Indian journal of veterinary science and animal husbandry - Volume 8,
Year: 1938
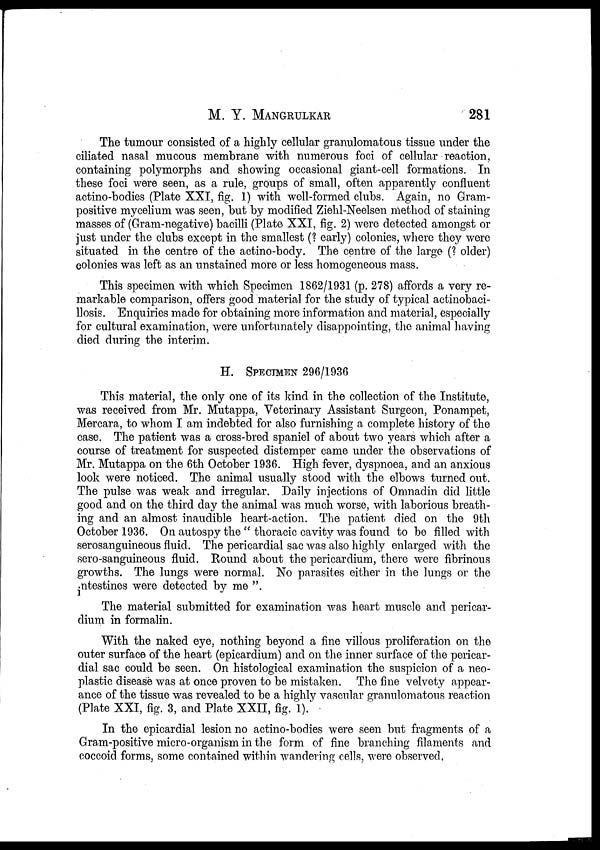
M. Y.
MANGRULKAR
281
The tumour consisted of a highly cellular granulomatous tissue under the
ciliated nasal mucous membrane with numerous foci of cellular reaction,
containing polymorphs and showing occasional giant-cell formations. In
these foci were seen, as a rule, groups of small, often apparently confluent
actino-bodies (Plate XXI, fig. 1) with well-formed clubs. Again, no Gram-
positive mycelium was seen, but by modified Ziehl-Neelsen method of staining
masses of (Gram-negative) bacilli (Plate XXI, fig. 2) were detected amongst or
just under the clubs except in the smallest (? early) colonies, where they were
situated in the centre of the actino-body. The centre of the large (? older)
colonies was left as an unstained more or less homogeneous mass.
This specimen with which Specimen 1862/1931 (p. 278) affords a very re-
markable comparison, offers good material for the study of typical actinobaci¬
llosis. Enquiries made for obtaining more information and material, especially
for cultural examination, were unfortunately disappointing, the animal having
died during the interim.
H. SPECIMEN 296/1936
This material, the only one of its kind in the collection of the Institute,
was received from Mr. Mutappa, Veterinary Assistant Surgeon, Ponampet,
Mercara, to whom I am indebted for also furnishing a complete history of the
case. The patient was a cross-bred spaniel of about two years which after a
course of treatment for suspected distemper came under the observations of
Mr. Mutappa on the 6th October 1936. High fever, dyspnoea, and an anxious
look were noticed. The animal usually stood with the elbows turned out.
The pulse was weak and irregular. Daily injections of Omnadin did little
good and on the third day the animal was much worse, with laborious breath-
ing and an almost inaudible heart-action. The patient died on the 9th
October 1936. On autospy the " thoracic cavity was found to be filled with
serosanguineous fluid. The pericardial sac was also highly enlarged with the
sero-sanguineous fluid. Round about the pericardium, there were fibrinous
growths. The lungs were normal. No parasites either in the lungs or the
intestines were detected by me".
The material submitted for examination was heart muscle and pericar-
dium in formalin.
With the naked eye, nothing beyond a fine villous proliferation on the
outer surface of the heart (epicardium) and on the inner surface of the pericar-
dial sac could be seen. On histological examination the suspicion of a neo-
plastic disease was at once proven to be mistaken. The fine velvety appear-
ance of the tissue was revealed to be a highly vascular granulomatous reaction
(Plate XXI, fig. 3, and Plate XXII, fig. 1).
In the epicardial lesion no actino-bodies were seen but fragments of a
Gram-positive micro-organism in the form of fine branching filaments and
coccoid forms, some contained within wandering cells, were observed,